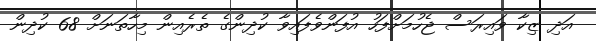
އަދި ޒިކާ ވައިރަސް ޖެހުމަށްފަހު އުފަންވެފައިވާ ކުދިންގެ ތެރެއިން މިހާތަނަށް 68 ކުދިން